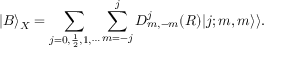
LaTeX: | B \rangle _ { X } = \sum _ { j = 0 , \frac { 1 } { 2 } , 1 , \cdots } \sum _ { m = - j } ^ { j } D _ { m , - m } ^ { j } ( R ) | j ; m , m \rangle \rangle .